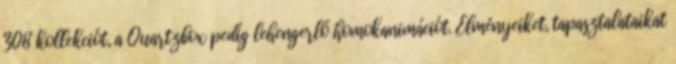
308 kollekciót, a Quartzbox pedig lehengerlő homokanimációt. Élményeiket, tapasztalataikat